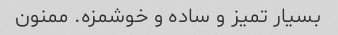
بسیار تمیز و ساده و خوشمزه. ممنون